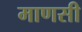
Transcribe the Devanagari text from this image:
माणसी